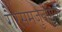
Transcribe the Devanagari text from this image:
गैरसमजुतींमुळे